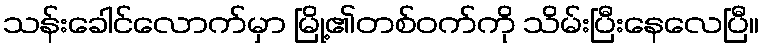
သန်းခေါင်လောက်မှာ မြို့၏တစ်ဝက်ကို သိမ်းပြီးနေလေပြီ။